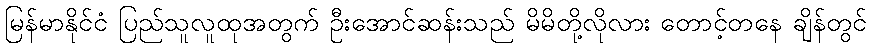
မြန်မာနိုင်ငံ ပြည်သူလူထုအတွက် ဦးအောင်ဆန်းသည် မိမိတို့လိုလား တောင့်တနေ ချိန်တွင်